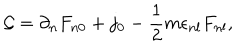
LaTeX: { \cal G } = \partial _ { n } F _ { n 0 } + j _ { 0 } - \frac { 1 } { 2 } m \epsilon _ { n l } F _ { n l } ,